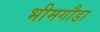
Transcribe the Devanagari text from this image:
भीमगौडा